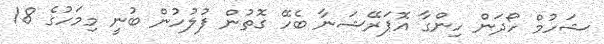
ޝަހުމް ހޯދަން ހިންގާ އޮޕަރޭޝަނާ ބެހޭ ގޮތުން ފުލުހުން ބުނީ މިމަހުގެ 18